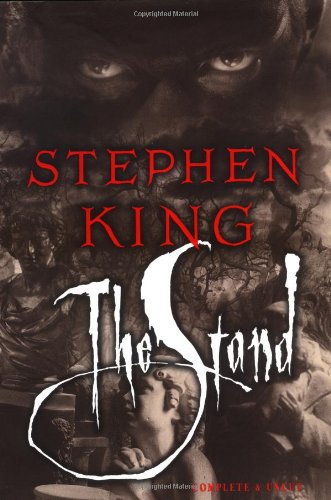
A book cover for The Stand: The Complete and Uncut Edition; Stephen King; Mystery, Thriller & Suspense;